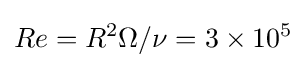
Re=R^{2}\Omega /\nu =3\times 10^{5}